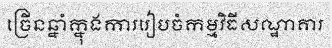
ច្រើនឆ្នាំក្នុងការរៀបចំកម្មវិធីសណ្ឋាគារ